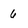
Character: 6